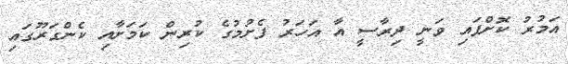
އަމުރު ކޮށްފައި ވަނީ ދިރާސީ އާ އަހަރު ފެށުމުގެ ކުރިން ކަމަށާއި ކެންގަރޫގައި